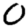
Digit: 0